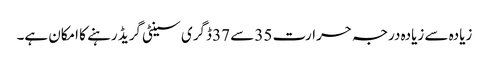
زیادہ سے زیادہ درجہ حرارت 35 سے 37 ڈگری سینٹی گریڈ رہنے کا امکان ہے۔